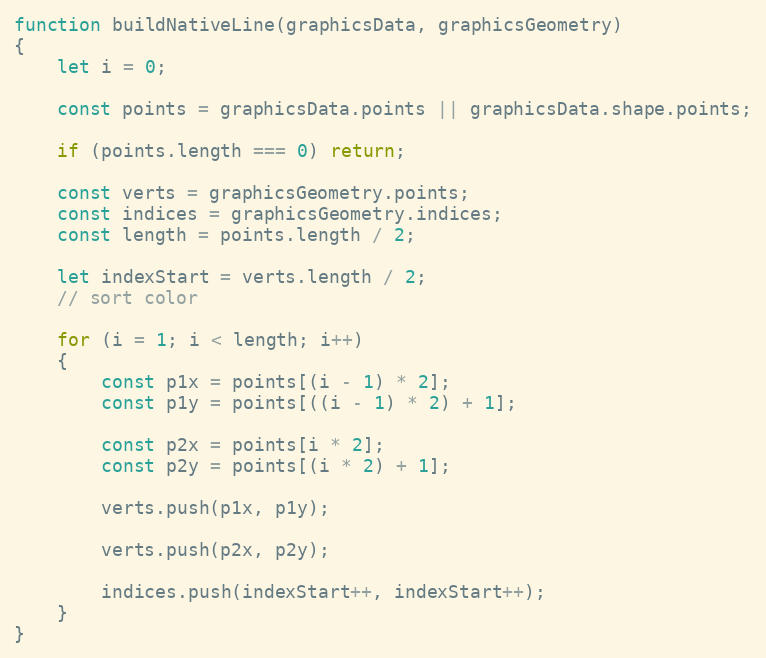
Language: JavaScript
function buildNativeLine(graphicsData, graphicsGeometry)
{
    let i = 0;

    const points = graphicsData.points || graphicsData.shape.points;

    if (points.length === 0) return;

    const verts = graphicsGeometry.points;
    const indices = graphicsGeometry.indices;
    const length = points.length / 2;

    let indexStart = verts.length / 2;
    // sort color

    for (i = 1; i < length; i++)
    {
        const p1x = points[(i - 1) * 2];
        const p1y = points[((i - 1) * 2) + 1];

        const p2x = points[i * 2];
        const p2y = points[(i * 2) + 1];

        verts.push(p1x, p1y);

        verts.push(p2x, p2y);

        indices.push(indexStart++, indexStart++);
    }
}